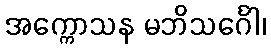
အက္ကောသန မဘိသင်္ဂေါ၊